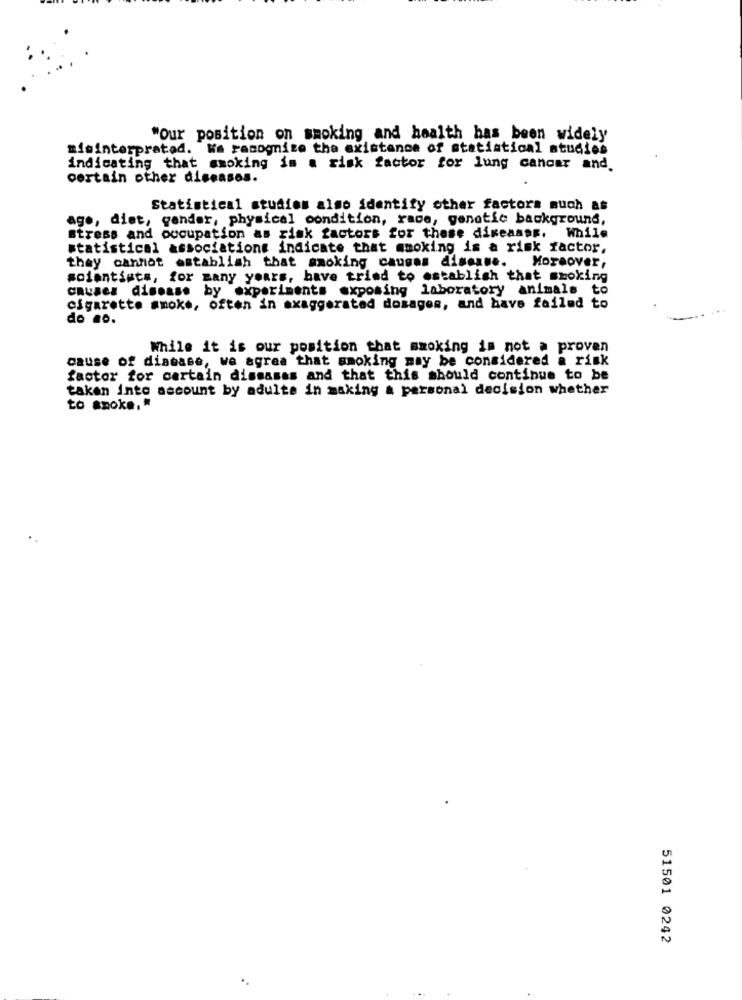
"Our position on smoking and health has been widely
misinterpreted. Ka recognize the existence of statistical studies
indicating that smoking is a risk factor for lung cancer and.
certain other diseases.
Statistical studios also identify other factors such as
ago, diet, gender, physical condition, race, genetic background,
stress and occupation as risk factors for these diseases. While
statistical associatione indicate that smoking is a risk factor,
they cannot establish that smoking causes disease.
Moreover,
scientists, for many years, have tried to establish that smoking
causes disease by experiments exposing laboratory animals to
cigarette smoke, often in exaggerated dosages, and have failed to
do .o.
While it is our position that smoking is not a proven
cause of disease, we agrea that smoking may be considered a risk
factor for certain diseases and that this should continue to be
taken into account by adults in making a personal decision whether
to smoke. "
51501 0242